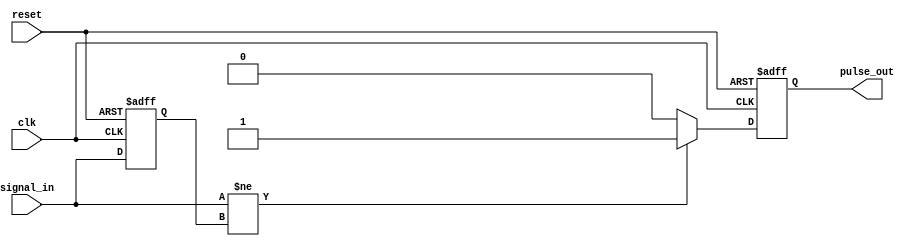
module pulse_edge_detector (
    input wire clk,            // Clock signal
    input wire reset,          // Asynchronous reset
    input wire signal_in,      // Input signal to detect edges
    output reg pulse_out       // Output pulse signal
);

    reg signal_in_prev;        // Register to hold the previous state of signal_in

    // Asynchronous reset and edge detection logic
    always @(posedge clk or posedge reset) begin
        if (reset) begin
            signal_in_prev <= 1'b0; // Initialize previous state to 0 on reset
            pulse_out <= 1'b0;       // Clear output pulse on reset
        end else begin
            // Edge detection logic
            if (signal_in != signal_in_prev) begin
                pulse_out <= 1'b1;    // Generate pulse on edge detection
            end else begin
                pulse_out <= 1'b0;     // Clear pulse if no edge detected
            end
            
            // Update previous state
            signal_in_prev <= signal_in;
        end
    end

endmodule